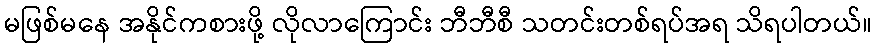
မဖြစ်မနေ အနိုင်ကစားဖို့ လိုလာကြောင်း ဘီဘီစီ သတင်းတစ်ရပ်အရ သိရပါတယ်။